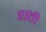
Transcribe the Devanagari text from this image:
थती